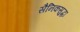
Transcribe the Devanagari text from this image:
सैनिकसुद्धा